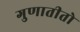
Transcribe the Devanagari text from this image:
गुणातीतो